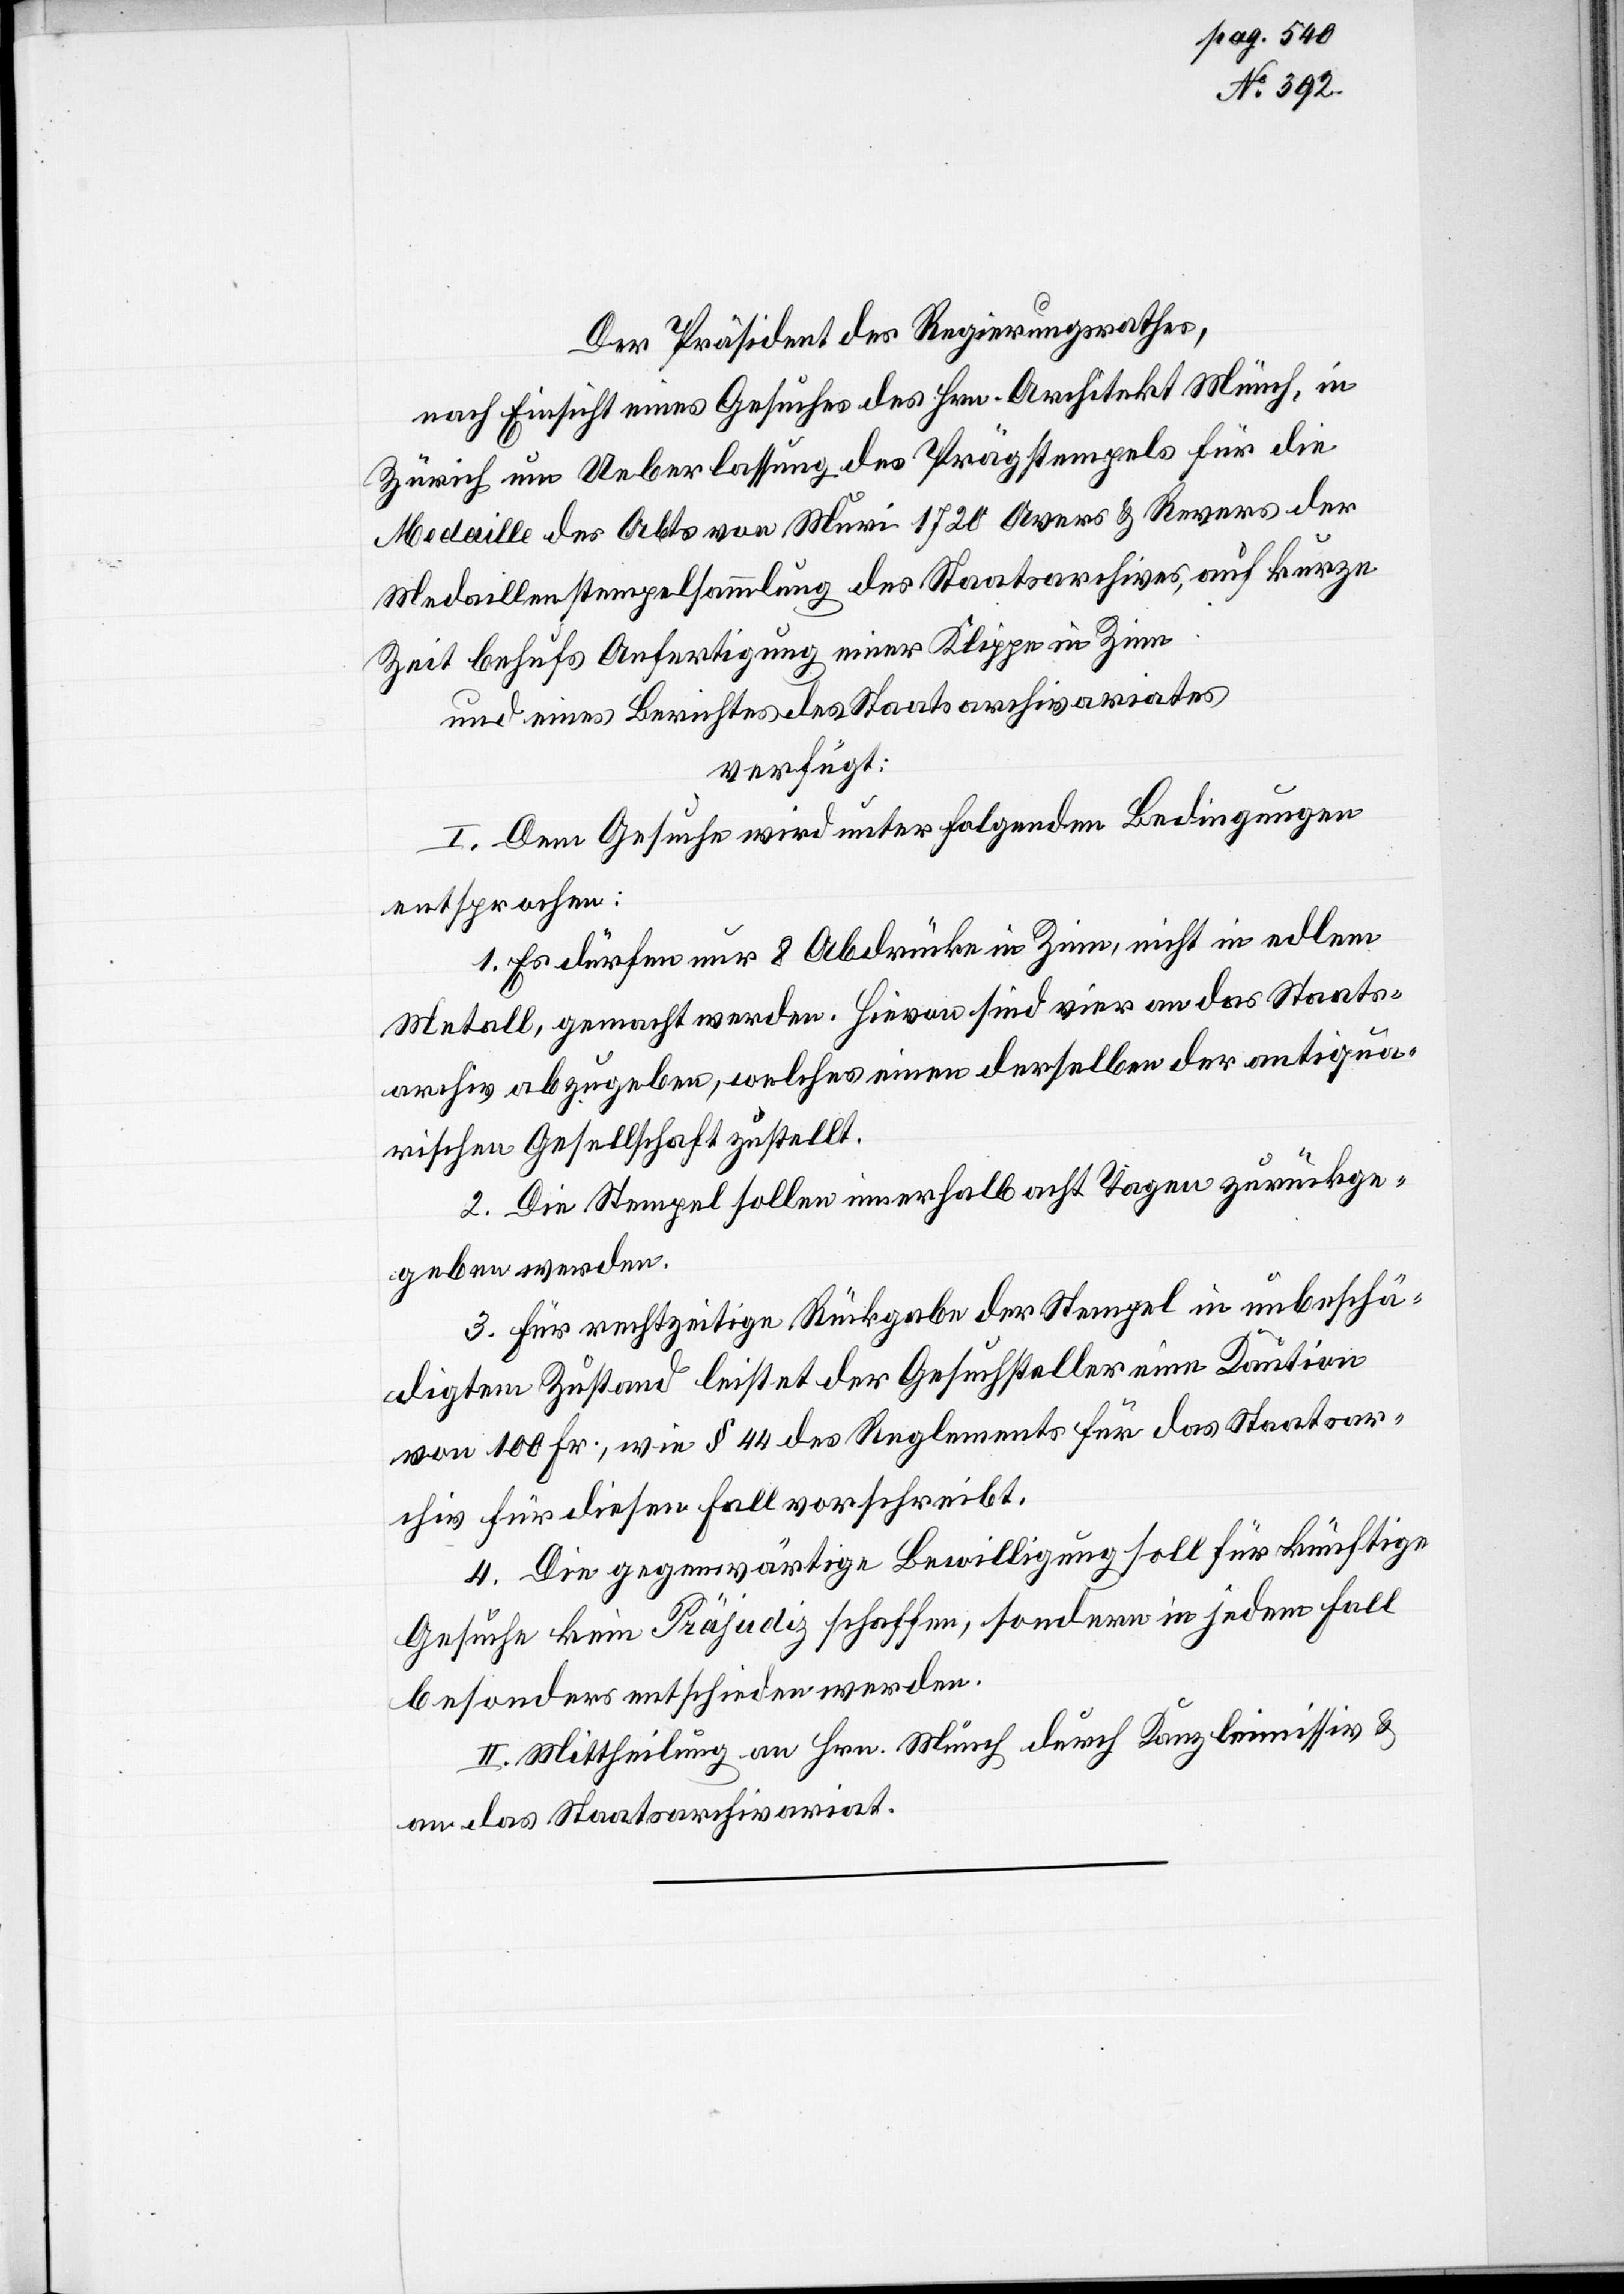
März 1883.